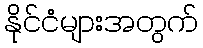
နိုင်ငံများအတွက်